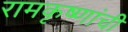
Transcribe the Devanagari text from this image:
रामकृष्णांची